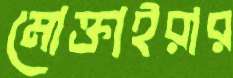
মোক্তাইরার